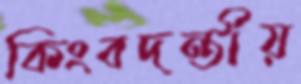
কিংবদন্তীয়